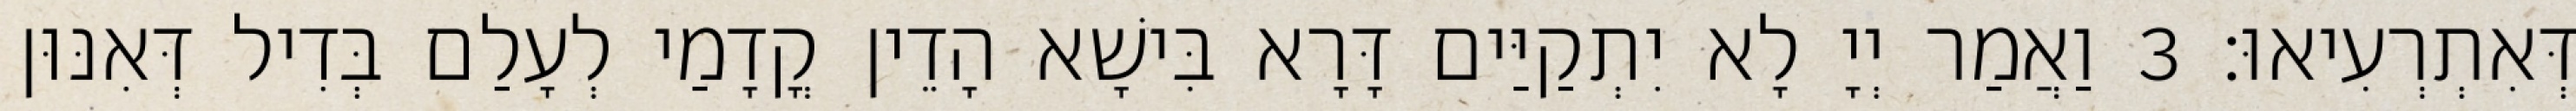
דְּאִתְרְעִיאוּ׃ 3 וַאֲמַר יְיָ לָא יִתְקַיַּים דָּרָא בִּישָׁא הָדֵין קֳדָמַי לְעָלַם בְּדִיל דְּאִנּוּן